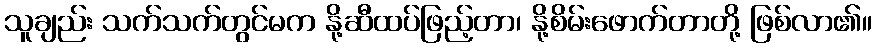
သူချည်း သက်သက်တွင်မက နို့ဆီထပ်ဖြည့်တာ၊ နို့စိမ်းဖောက်တာတို့ ဖြစ်လာ၏။